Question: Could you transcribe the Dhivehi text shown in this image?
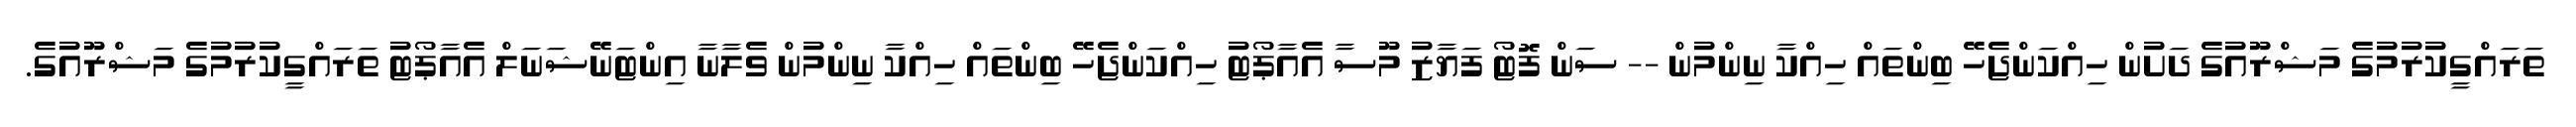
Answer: ތަރައްގީކުރުމުގެ މަޝްރޫއުގެ ދަށުން ހިއްކަންޖެހޭ ބިންތައް ހިއްކާ ނިންމުން -- ސަން ފޮޓޯ ފަޔާޒު މޫސާ އެއާޕޯޓު ހިއްކަންޖެހޭ ބިންތައް ހިއްކާ ނިންމުން ވެލާނާ އިންޓަނޭޝަނަލް އެއާޕޯޓު ތަރައްގީކުރުމުގެ މަޝްރޫއުގެ.